Lunatic asylums United Provinces 1899-1908 - 1899-1908
Year: 1899
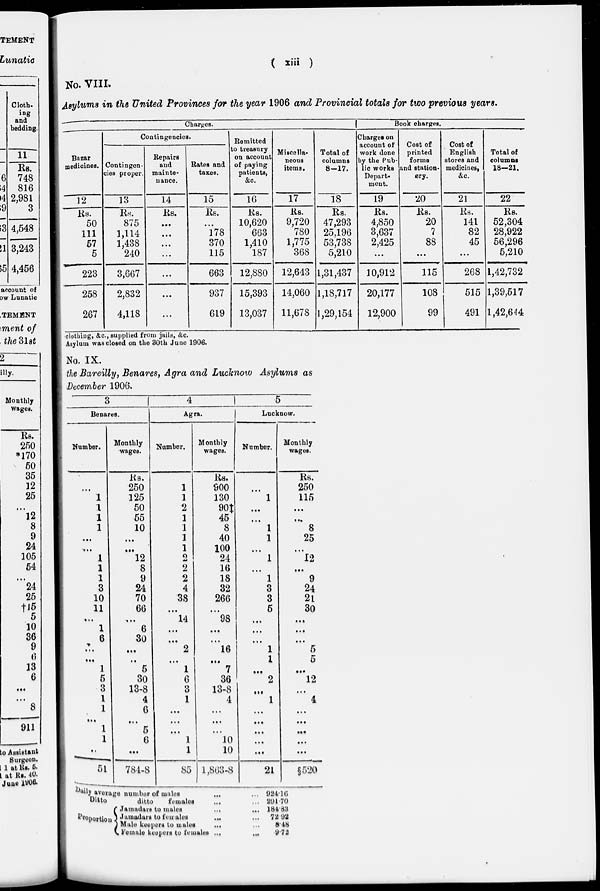
( xiii )
No. VIII.
Asylums in the United Provinces for the year 1906 and Provincial totals for two previous years.
Charges.
Bazar
medicines.
12
Rs.
50
111
57
5
223
258
267
Contingencies.
Contingen-
cies proper.
13
Rs.
875
1,114
1,438
240
3,667
2,832
4,118
Repairs
and
mainte-
nance.
14
Rs.
...
...
...
...
...
...
...
Rates and
taxes.
15
Rs.
...
178
370
115
663
937
619
Remitted
to treasury
on account
of paying
patients,
&c.
16
Rs.
10,620
663
1,410
187
12,880
15,393
13,037
Miscella-
neous
items.
17
Rs.
9,720
780
1,775
368
12,643
14,060
11,678
Total of
columns
8-17.
18
Rs.
47,293
25,196
53,738
5,210
1,31,437
1,18,717
1,29,154
Book charges.
Charges on
account of
work done
by the Pub-
lic works
Depart-
ment.
19
Rs.
4,850
3,637
2,425
...
10,912
20,177
12,900
Cost of
printed
forms
and station-
ery.
20
Rs.
20
7
88
...
115
108
99
Cost of
English
stores and
medicines,
&c.
21
Rs.
141
82
45
...
268
515
491
Total of
columns
18-21.
22
Rs.
52,304
28,922
56,296
5,210
1,42,732
1,39,517
1,42,644
clothing, &c, supplied from jails, &c.
Asylum was closed on the 30th June 1906.
No. IX.
the Bareilly, Benares, Agra and Lucknow Asylums as
December 1906.
3
Benares.
Number.
...
1
1
1
1
...
...
1
1
1
3
10
11
...
1
6
...
...
1
5
3
1
1
...
1
1
...
51
Monthly
wages.
Rs.
250
125
50
55
10
...
...
12
8
9
24
70
66
...
6
30
...
...
5
30
13-8
4
6
...
5
6
...
784-8
4
Agra.
Number.
1
1
2
1
1
1
1
2
2
2
4
38
...
14
...
...
2
...
1
6
3
1
...
...
...
1
1
85
Monthly
wages.
Rs.
900
130
90‡
45
8
40
100
24
16
18
32
266
...
98
...
...
16
...
7
36
13-8
4
...
...
...
10
10
1,863-8
5
Lucknow.
Number.
...
1
...
...
1
1
...
1
...
1
3
3
5
...
...
...
1
1
...
2
...
1
...
...
...
...
...
21
Monthly
wages.
Rs.
250
115
...
...
8
25
...
12
...
9
24
21
30
...
...
...
5
5
...
12
...
4
...
...
...
...
...
§520
Daily average number of males ... ...
Ditto
ditto
females ... ...
Proportion
Jamadars to males ... ...
Jamadars to
Females ... ...
Male keepers to males ... ...
Female keepers to females ...
...
924.16
291.70
184.83
72.92
8.48
9.72